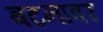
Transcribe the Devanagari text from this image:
बटनावर